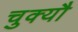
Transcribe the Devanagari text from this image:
चुक्यौ